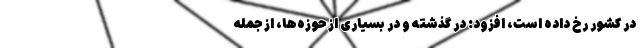
در کشور رخ داده است، افزود: در گذشته و در بسیاری از حوزه‌ها، از جمله